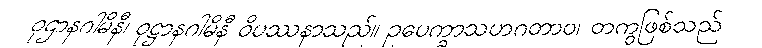
ဝုဌာနဂါမိနီ၊ ဝုဋ္ဌာနဂါမိနီ ဝိပဿနာသည်။ ဥပေက္ခာသဟဂတာဝ၊ တကွဖြစ်သည်